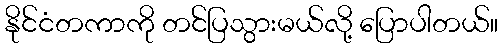
နိုင်ငံတကာကို တင်ပြသွားမယ်လို့ ပြောပါတယ်။